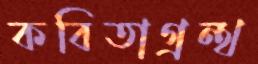
কবিতাগ্রন্থ